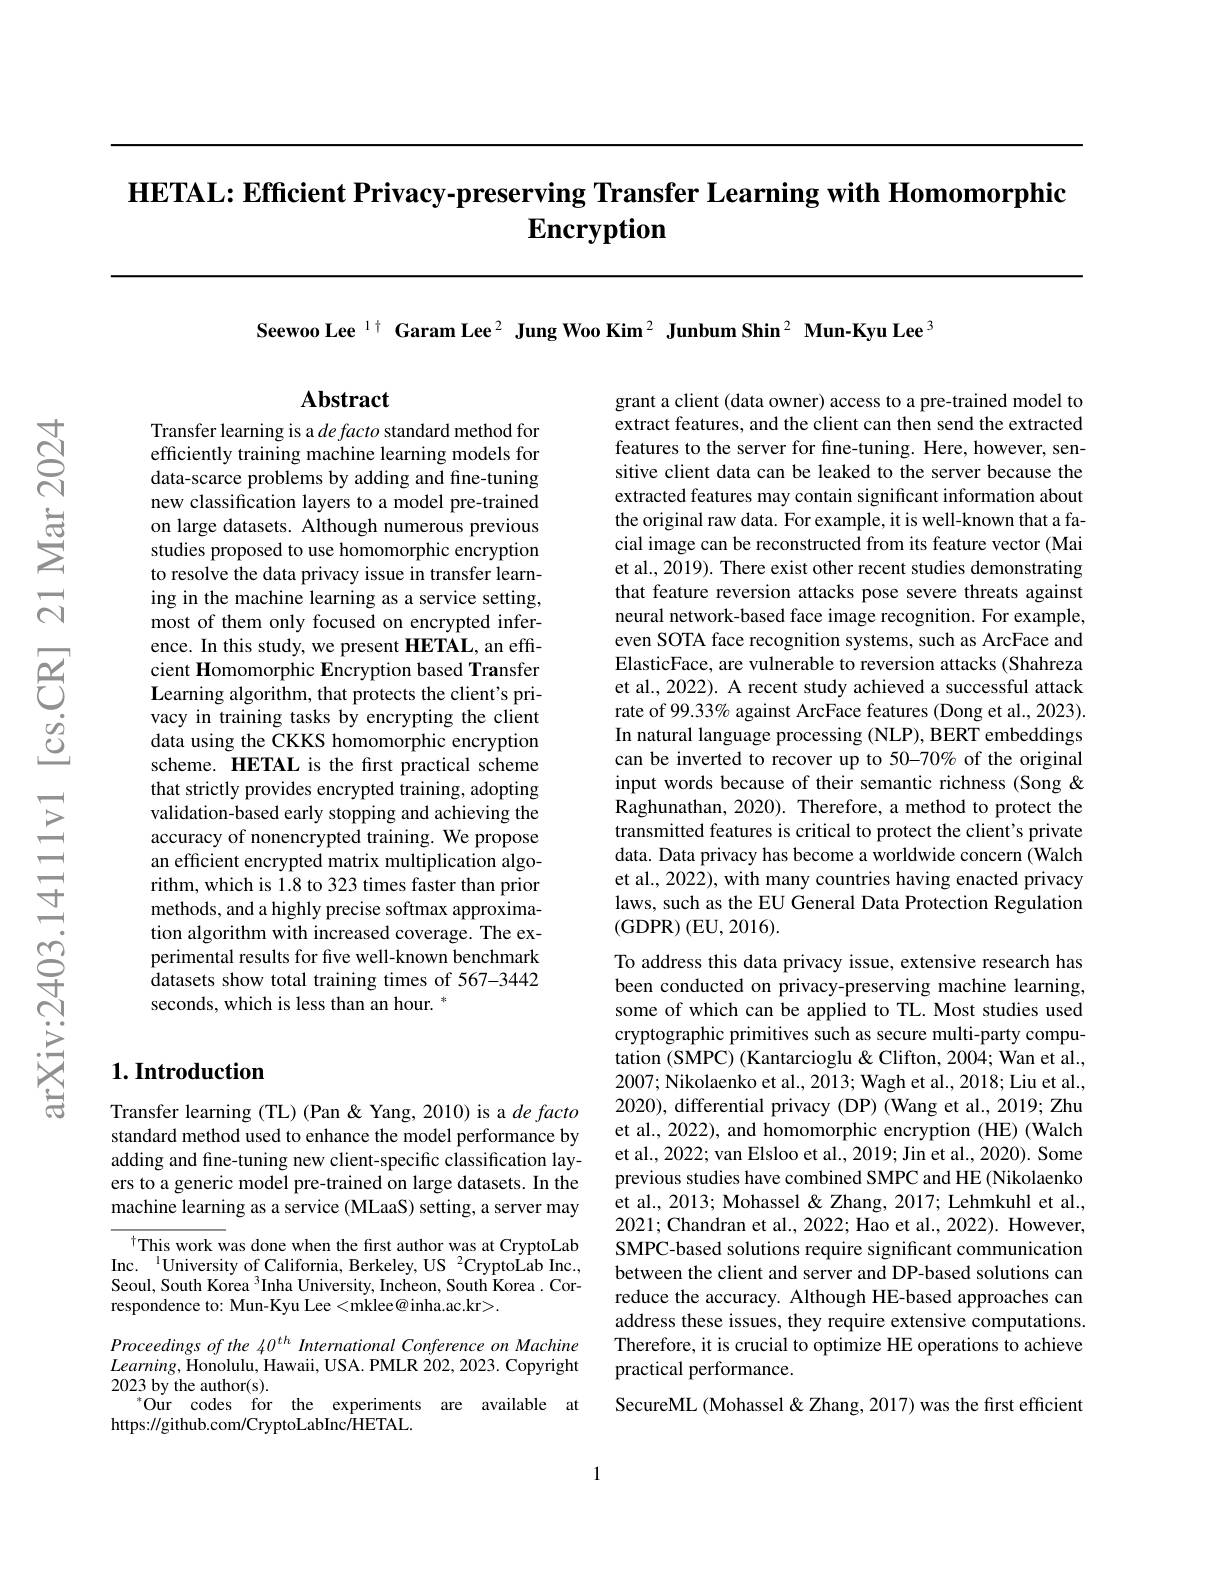
HETAL: Efficient Privacy-preserving Transfer Learning with Homomorphic
# Encryption

Transfer learning is a $de\textit{facto standard method for}$ efficiently training machine learning models for data-scarce problems by adding and fine-tuning new classification layers to a model pre-trained on large datasets. Although numerous previous studies proposed to use homomorphic encryption to resolve the data privacy issue in transfer learning in the machine learning as a service setting, most of them only focused on encrypted inference. In this study, we present HETAL, an efficient Homomorphic Encryption based Transfer $\mathbf{L}$earning algorithm, that protects the client's privacy in training tasks by encrypting the client data using the CKKS homomorphic encryption scheme. HETAL is the first practical scheme that strictly provides encrypted training, adopting validation-based early stopping and achieving the accuracy of nonencrypted training. We propose an efficient encrypted matrix multiplication algorithm, which is 1.8 to 323 times faster than prior methods, and a highly precise softmax approximation algorithm with increased coverage. The experimental results for five well-known benchmark datasets show total training times of 567-3442 seconds, which is less than an hour. *

## $1. \textbf{Introduction}$

Transfer learning (TL) (Pan &Yang, 2010) is a de facto standard method used to enhance the model performance by adding and fine-tuning new client-specific classification layers to a generic model pre-trained on large datasets. In the machine learning as a service (MLaaS) setting, a server may

This work was done when the first author was at CryptoLab Inc. $^{\mathrm{l}}$University of California, Berkeley, US $^2$CryptoLab Inc., Seoul, South Korea $^3$Inha University, Incheon, South Korea. Correspondence to: Mun-Kyu Lee <mklee@inha.ac.kr>.

Proceedings of the 40$^{th}$ International Conference on Machine $Learning$,Honolulu, Hawaii, USA. PMLR 202, 2023. Copyright 2023 by the author(s).
$^* {\mathrm{Our}}$ ${\mathrm{codes}}$ ${\mathrm{for}}$ ${\mathrm{the}}$ ${\mathrm{experiments}}$ ${\mathrm{are}}$ ${\mathrm{available}}$ ${\mathrm{at}}$
https://github.com/CryptoLabInc/HETAL.

Seewoo Lee $^{1\dagger}$ Garam Lee$^{2}$ Jung Woo Kim$^{2}$ Junbum Shin$^{2}$ Mun-Kyu Lee$^{3}$

## $\mathbf{Abstract}$

grant a client (data owner) access to a pre-trained model to extract features, and the client can then send the extracted features to the server for fine-tuning. Here, however, sensitive client data can be leaked to the server because the extracted features may contain significant information about the original raw data. For example, it is well-known that a facial image can be reconstructed from its feature vector (Mai et al., 2019). There exist other recent studies demonstrating that feature reversion attacks pose severe threats against neural network-based face image recognition. For example, even SOTA face recognition systems, such as ArcFace and ElasticFace, are vulnerable to reversion attacks (Shahreza et al., 2022). A recent study achieved a successful attack rate of 99.33% against ArcFace features (Dong et al., 2023). In natural language processing (NLP), BERT embeddings can be inverted to recover up to 50-70% of the original input words because of their semantic richness (Song & Raghunathan, 2020). Therefore, a method to protect the transmitted features is critical to protect the client's private data. Data privacy has become a worldwide concern (Walch et al., 2022), with many countries having enacted privacy laws, such as the EU General Data Protection Regulation (GDPR) (EU,2016).

To address this data privacy issue, extensive research has been conducted on privacy-preserving machine learning, some of which can be applied to TL. Most studies used cryptographic primitives such as secure multi-party computation (SMPC) (Kantarcioglu & Clifton, 2004; Wan et al., 2007; Nikolaenko et al., 2013; Wagh et al., 2018; Liu et al., 2020), differential privacy (DP) (Wang et al., 2019; Zhu et al., 2022), and homomorphic encryption (HE) (Walch et al., 2022; van Elsloo et al., 2019; Jin et al., 2020). Some previous studies have combined SMPC and HE (Nikolaenko et al., 2013; Mohassel & Zhang, 2017; Lehmkuhl et al. 2021; Chandran et al., 2022; Hao et al., 2022). However, SMPC-based solutions require significant communication between the client and server and DP-based solutions can reduce the accuracy. Although HE-based approaches can address these issues, they require extensive computations. Therefore, it is crucial to optimize HE operations to achieve practical performance.
SecureML (Mohassel&Zhang, 2017) was the first efficient

1